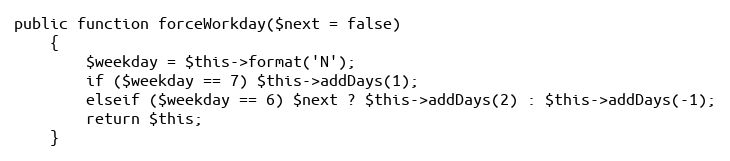
Language: PHP
public function forceWorkday($next = false)
	{
		$weekday = $this->format('N');
		if ($weekday == 7) $this->addDays(1);
		elseif ($weekday == 6) $next ? $this->addDays(2) : $this->addDays(-1);
		return $this;
	}